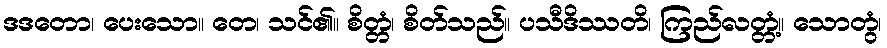
ဒဒတော၊ ပေးသော။ တေ၊ သင်၏။ စိတ္တံ၊ စိတ်သည်။ ပသီဒိဿတိ၊ ကြည်လတ္တံ့။ သောတွံ၊